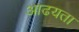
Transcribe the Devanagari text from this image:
आढयता